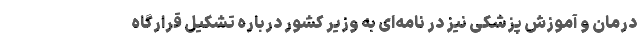
درمان و آموزش پزشکی نیز در نامه‌ای به وزیر کشور درباره تشکیل قرارگاه